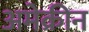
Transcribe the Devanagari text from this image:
अमेक्रीन